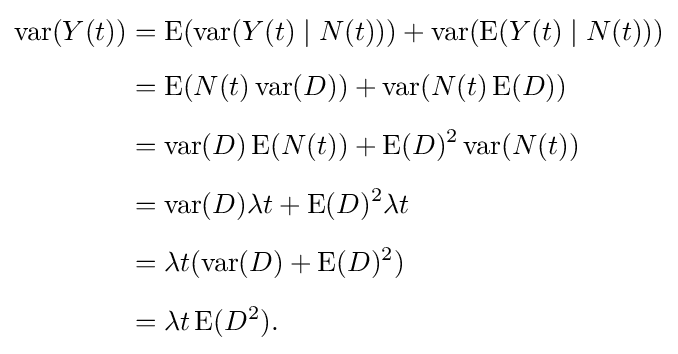
{\begin{aligned}\operatorname {var} (Y(t))&=\operatorname {E} (\operatorname {var} (Y(t)\mid N(t)))+\operatorname {var} (\operatorname {E} (Y(t)\mid N(t)))\\[5pt]&=\operatorname {E} (N(t)\operatorname {var} (D))+\operatorname {var} (N(t)\operatorname {E} (D))\\[5pt]&=\operatorname {var} (D)\operatorname {E} (N(t))+\operatorname {E} (D)^{2}\operatorname {var} (N(t))\\[5pt]&=\operatorname {var} (D)\lambda t+\operatorname {E} (D)^{2}\lambda t\\[5pt]&=\lambda t(\operatorname {var} (D)+\operatorname {E} (D)^{2})\\[5pt]&=\lambda t\operatorname {E} (D^{2}).\end{aligned}}